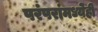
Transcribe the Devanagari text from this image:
परंपरांमध्येही